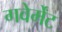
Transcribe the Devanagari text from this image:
गवेर्मेंट